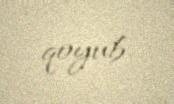
qoyub.